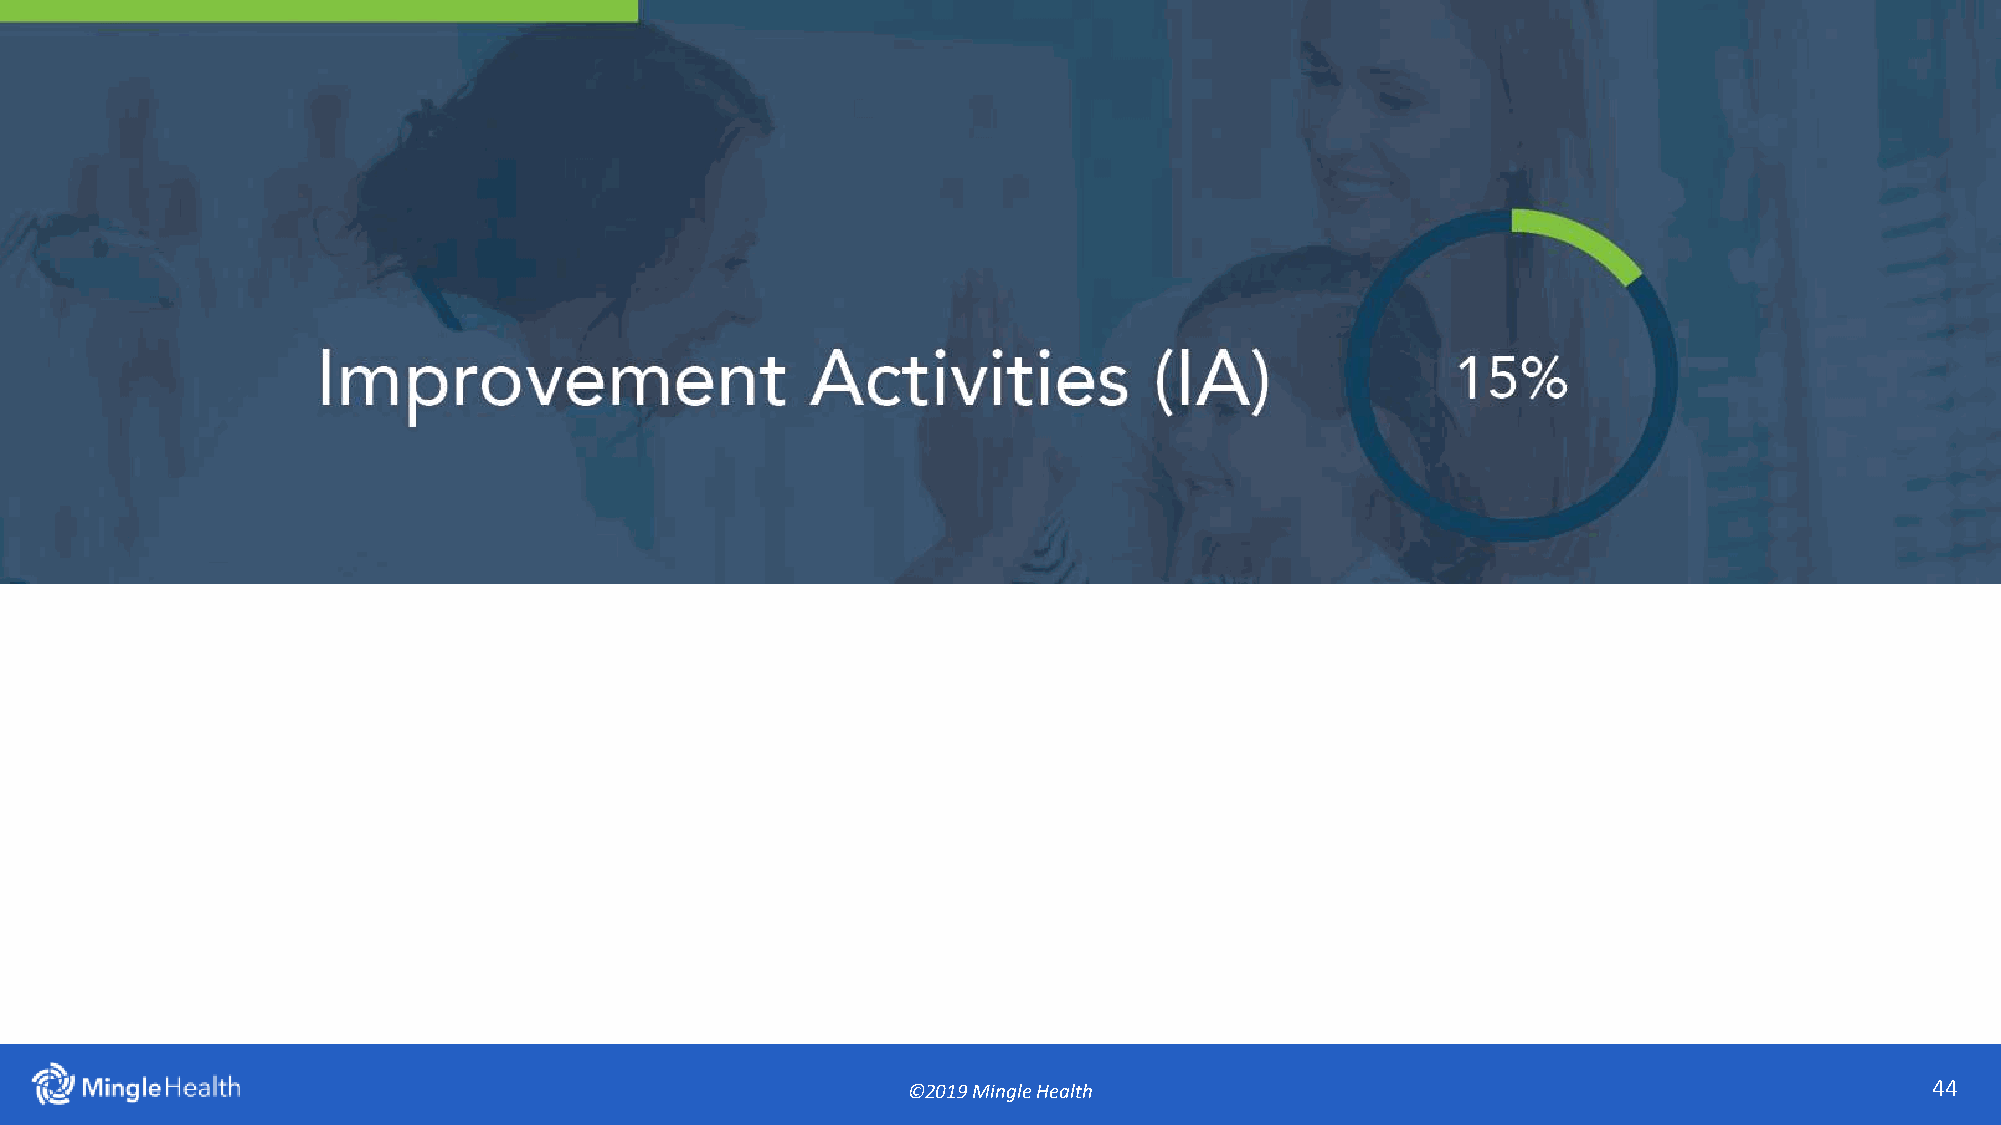
©442018 Mingle Analytics
 ©2019 Mingle Health                                                 44